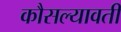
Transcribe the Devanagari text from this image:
कौसल्यावती